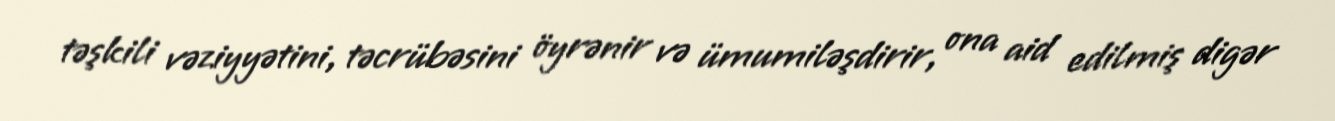
təşkili vəziyyətini, təcrübəsini öyrənir və ümumiləşdirir, ona aid edilmiş digər